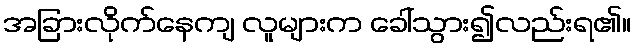
အခြားလိုက်နေကျ လူများက ခေါ်သွား၍လည်းရ၏။